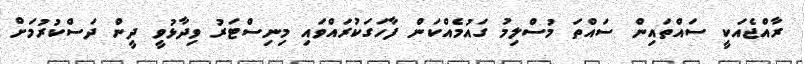
ރާއްޖެއަކީ ސައްތައިން ސައްތަ މުސްލިމު ގައުމެއްކަން ފާހަގަކުރައްވައި މިނިސްޓަރު ވިދާޅުވީ ދީން ދަސްކުރުމަށް